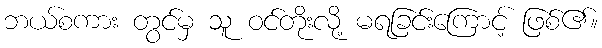
ဘယ်စကား တွင်မှ သူ ဝင်တိုးလို့ မရခြင်းကြောင့် ဖြစ်၏။